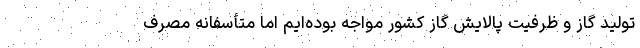
تولید گاز و ظرفیت پالایش گاز کشور مواجه بوده‌ایم اما متأسفانه مصرف